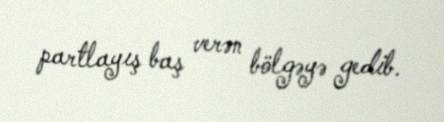
partlayış baş verən bölgəyə gedib.